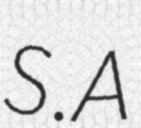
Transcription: S.A